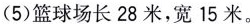
(5)篮球场长28米，宽15米。